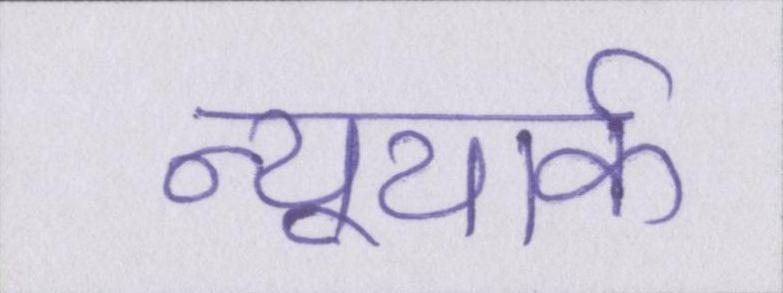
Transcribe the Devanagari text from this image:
न्यूयार्क